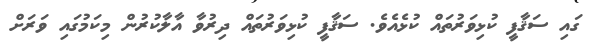
ގައި ސަޤާފީ ކުޅިވަރުތައް ކުޅެއެވެ. ސަޤާފީ ކުޅިވަރުތައް ދިރުވާ އާލާކުރުން މިކަމުގައި ވަރަށް